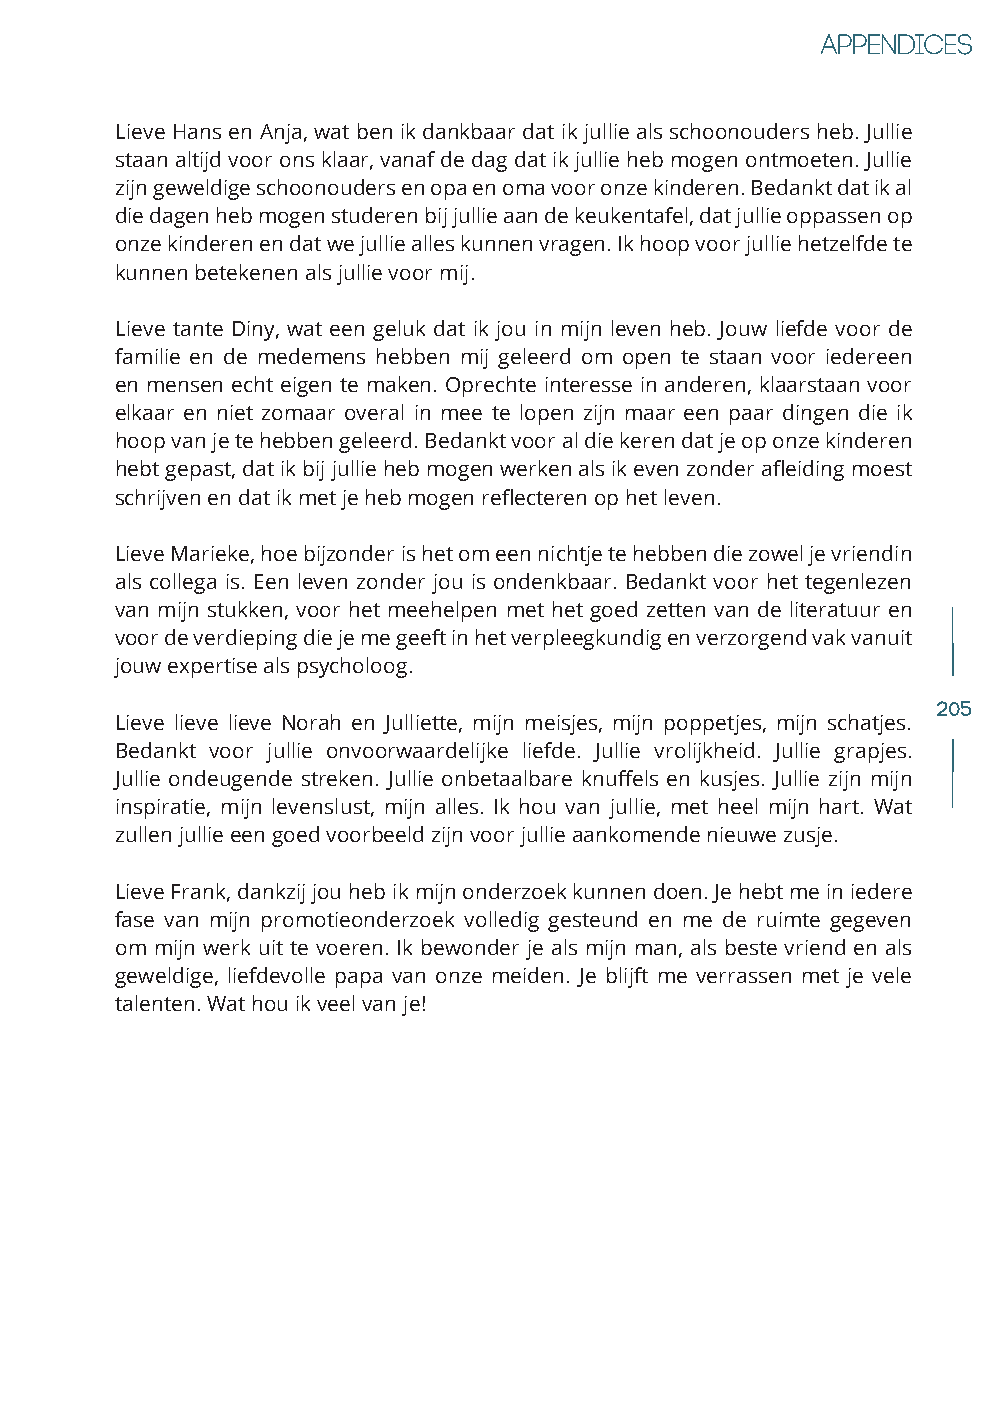
Lieve Hans en Anja, wat ben ik dankbaar dat ik jullie als schoonouders heb. Jullie
 staan altijd voor ons klaar, vanaf de dag dat ik jullie heb mogen ontmoeten. Jullie
 zijn geweldige schoonouders en opa en oma voor onze kinderen. Bedankt dat ik al
 die dagen heb mogen studeren bij jullie aan de keukentafel, dat jullie oppassen op
 onze kinderen en dat we jullie alles kunnen vragen. Ik hoop voor jullie hetzelfde te
 kunnen betekenen als jullie voor mij.
 Lieve tante Diny, wat een geluk dat ik jou in mijn leven heb. Jouw liefde voor de
 familie en de medemens hebben mij geleerd om open te staan voor iedereen
 en mensen echt eigen te maken. Oprechte interesse in anderen, klaarstaan voor
 elkaar en niet zomaar overal in mee te lopen zijn maar een paar dingen die ik
 hoop van je te hebben geleerd. Bedankt voor al die keren dat je op onze kinderen
 hebt gepast, dat ik bij jullie heb mogen werken als ik even zonder afleiding moest
 schrijven en dat ik met je heb mogen reflecteren op het leven.
 Lieve Marieke, hoe bijzonder is het om een nichtje te hebben die zowel je vriendin
 als collega is. Een leven zonder jou is ondenkbaar. Bedankt voor het tegenlezen
 van mijn stukken, voor het meehelpen met het goed zetten van de literatuur en
 voor de verdieping die je me geeft in het verpleegkundig en verzorgend vak vanuit
 jouw expertise als psycholoog.
 205
 Lieve lieve lieve Norah en Julliette, mijn meisjes, mijn poppetjes, mijn schatjes.
 Bedankt voor jullie onvoorwaardelijke liefde. Jullie vrolijkheid. Jullie grapjes.
 Jullie ondeugende streken. Jullie onbetaalbare knuffels en kusjes. Jullie zijn mijn
 inspiratie, mijn levenslust, mijn alles. Ik hou van jullie, met heel mijn hart. Wat
 zullen jullie een goed voorbeeld zijn voor jullie aankomende nieuwe zusje.
 Lieve Frank, dankzij jou heb ik mijn onderzoek kunnen doen. Je hebt me in iedere
 fase van mijn promotieonderzoek volledig gesteund en me de ruimte gegeven
 om mijn werk uit te voeren. Ik bewonder je als mijn man, als beste vriend en als
 geweldige, liefdevolle papa van onze meiden. Je blijft me verrassen met je vele
 talenten. Wat hou ik veel van je!